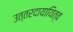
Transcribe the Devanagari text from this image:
उत्तरदायायित्व